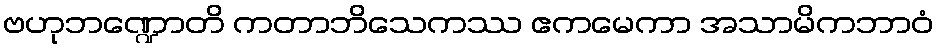
ဗဟုဘဏ္ဍောတိ ကတာဘိသေကဿ ဧကမေကာ အသာမိကဘာဝံ